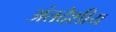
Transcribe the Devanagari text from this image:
अंतदेशीय